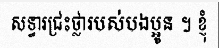
សទ្ធារជ្រះថ្លារបស់បងប្អូន ។ ខ្ញុំ